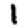
Digit: 1